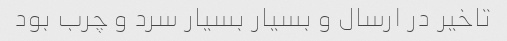
تاخیر در ارسال و بسیار بسیار سرد و چرب بود